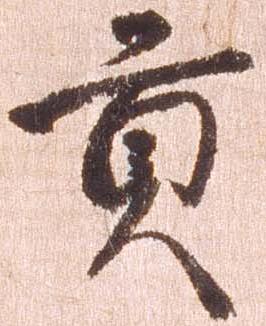
貢